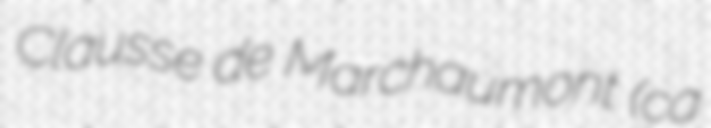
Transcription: Clausse de Marchaumont (ca